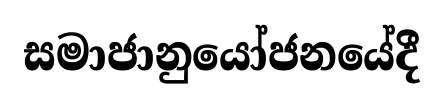
සමාජානුයෝජනයේදී